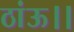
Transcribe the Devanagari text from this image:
ठांऊ।।